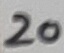
Text: 20